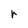
Character: r